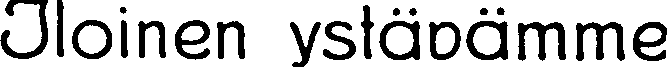
Iloinen ystävämme